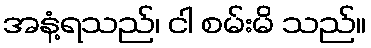
အနံ့ရသည်၊ ငါ စမ်းမိ သည်။